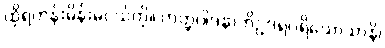
ထိုရဟန်းမိန်းမငယ်ကို။ ဟတ္ထပါဒနာဘိဥဒရပရိယောသာနိ၊